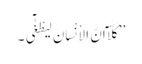
’’کَلَّآ اِنَّ الِاْنْسَانَ لَیَطْغٰٓی ۔